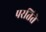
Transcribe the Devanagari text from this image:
परतिते